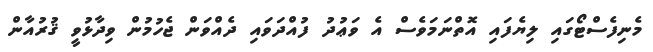
މެނިފެސްޓޯގައި ލިޔެފައި އޮތްނަމަވެސް އެ ވަޢުދު ފުއްދަވައި ދެއްވަން ޖެހުމުން ވިދާޅުވީ ޤުރުއާން